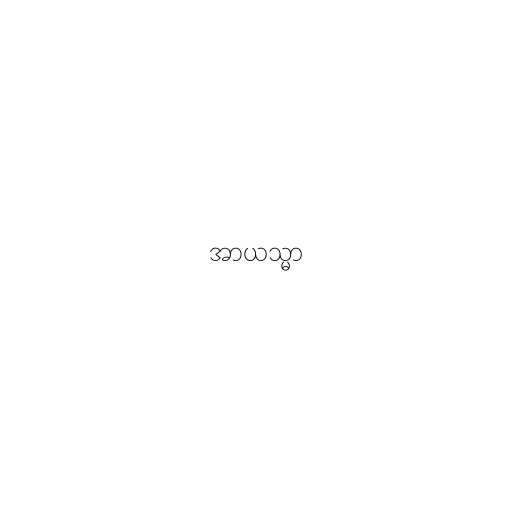
အာယသ္မာ